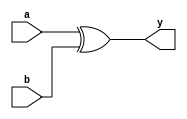
// This program was cloned from: https://github.com/Aryavardhan37/Verilog_codes
// License: MIT License

module xor_gate(a,b,y);
input a,b;
output y;
xor(y,a,b);
endmodule